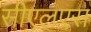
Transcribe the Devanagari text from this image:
सीएलएस